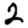
Digit: 2